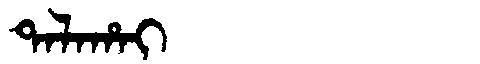
Manchu: ᡨᠠᠯᠠᡥᠠᡳ
Romanization: TALAHAI